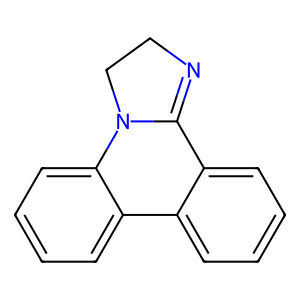
SMILES: c1ccc2c(c1)C1=NCCN1c1ccccc1-2
Inhibits HIV replication: No